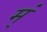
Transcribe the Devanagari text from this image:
म्ं